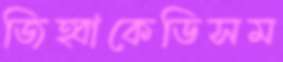
জিহ্বাকেডিসম